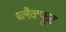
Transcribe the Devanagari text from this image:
ब्लैक्फूट